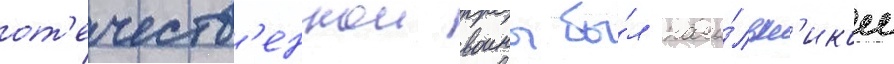
от'ечеств'еннои воины бы́л нача́льн'иком